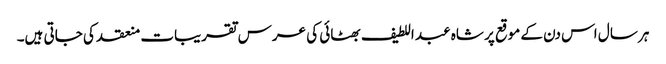
ہر سال اس دن کے موقع پر شاہ عبد اللطیف بھٹائی کی عرس تقریبات منعقد کی جاتی ہیں۔